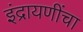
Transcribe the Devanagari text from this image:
इंद्रायणींचा